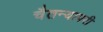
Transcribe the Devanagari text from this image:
चैतन्यापरी